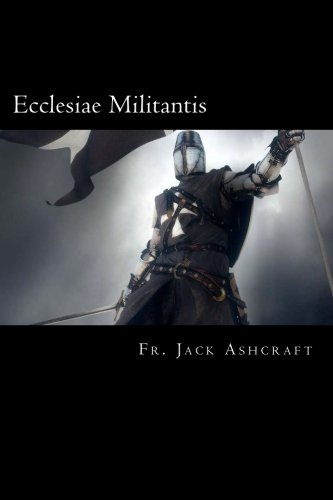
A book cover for Ecclesiae Militantis: A Course in Spiritual Warfare and Exorcism; Fr. Jack Ashcraft; Religion & Spirituality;